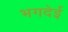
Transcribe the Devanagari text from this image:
भगदेई